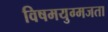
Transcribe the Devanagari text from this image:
विषमयुग्मजता